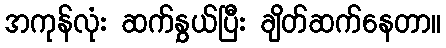
အကုန်လုံး ဆက်နွှယ်ပြီး ချိတ်ဆက်နေတာ။